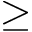
\geq